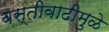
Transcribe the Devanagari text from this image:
वस्तीवाढीमुळे